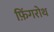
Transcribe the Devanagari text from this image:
फ़िंगरोथ